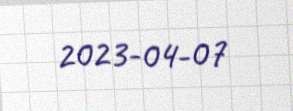
2023-04-07